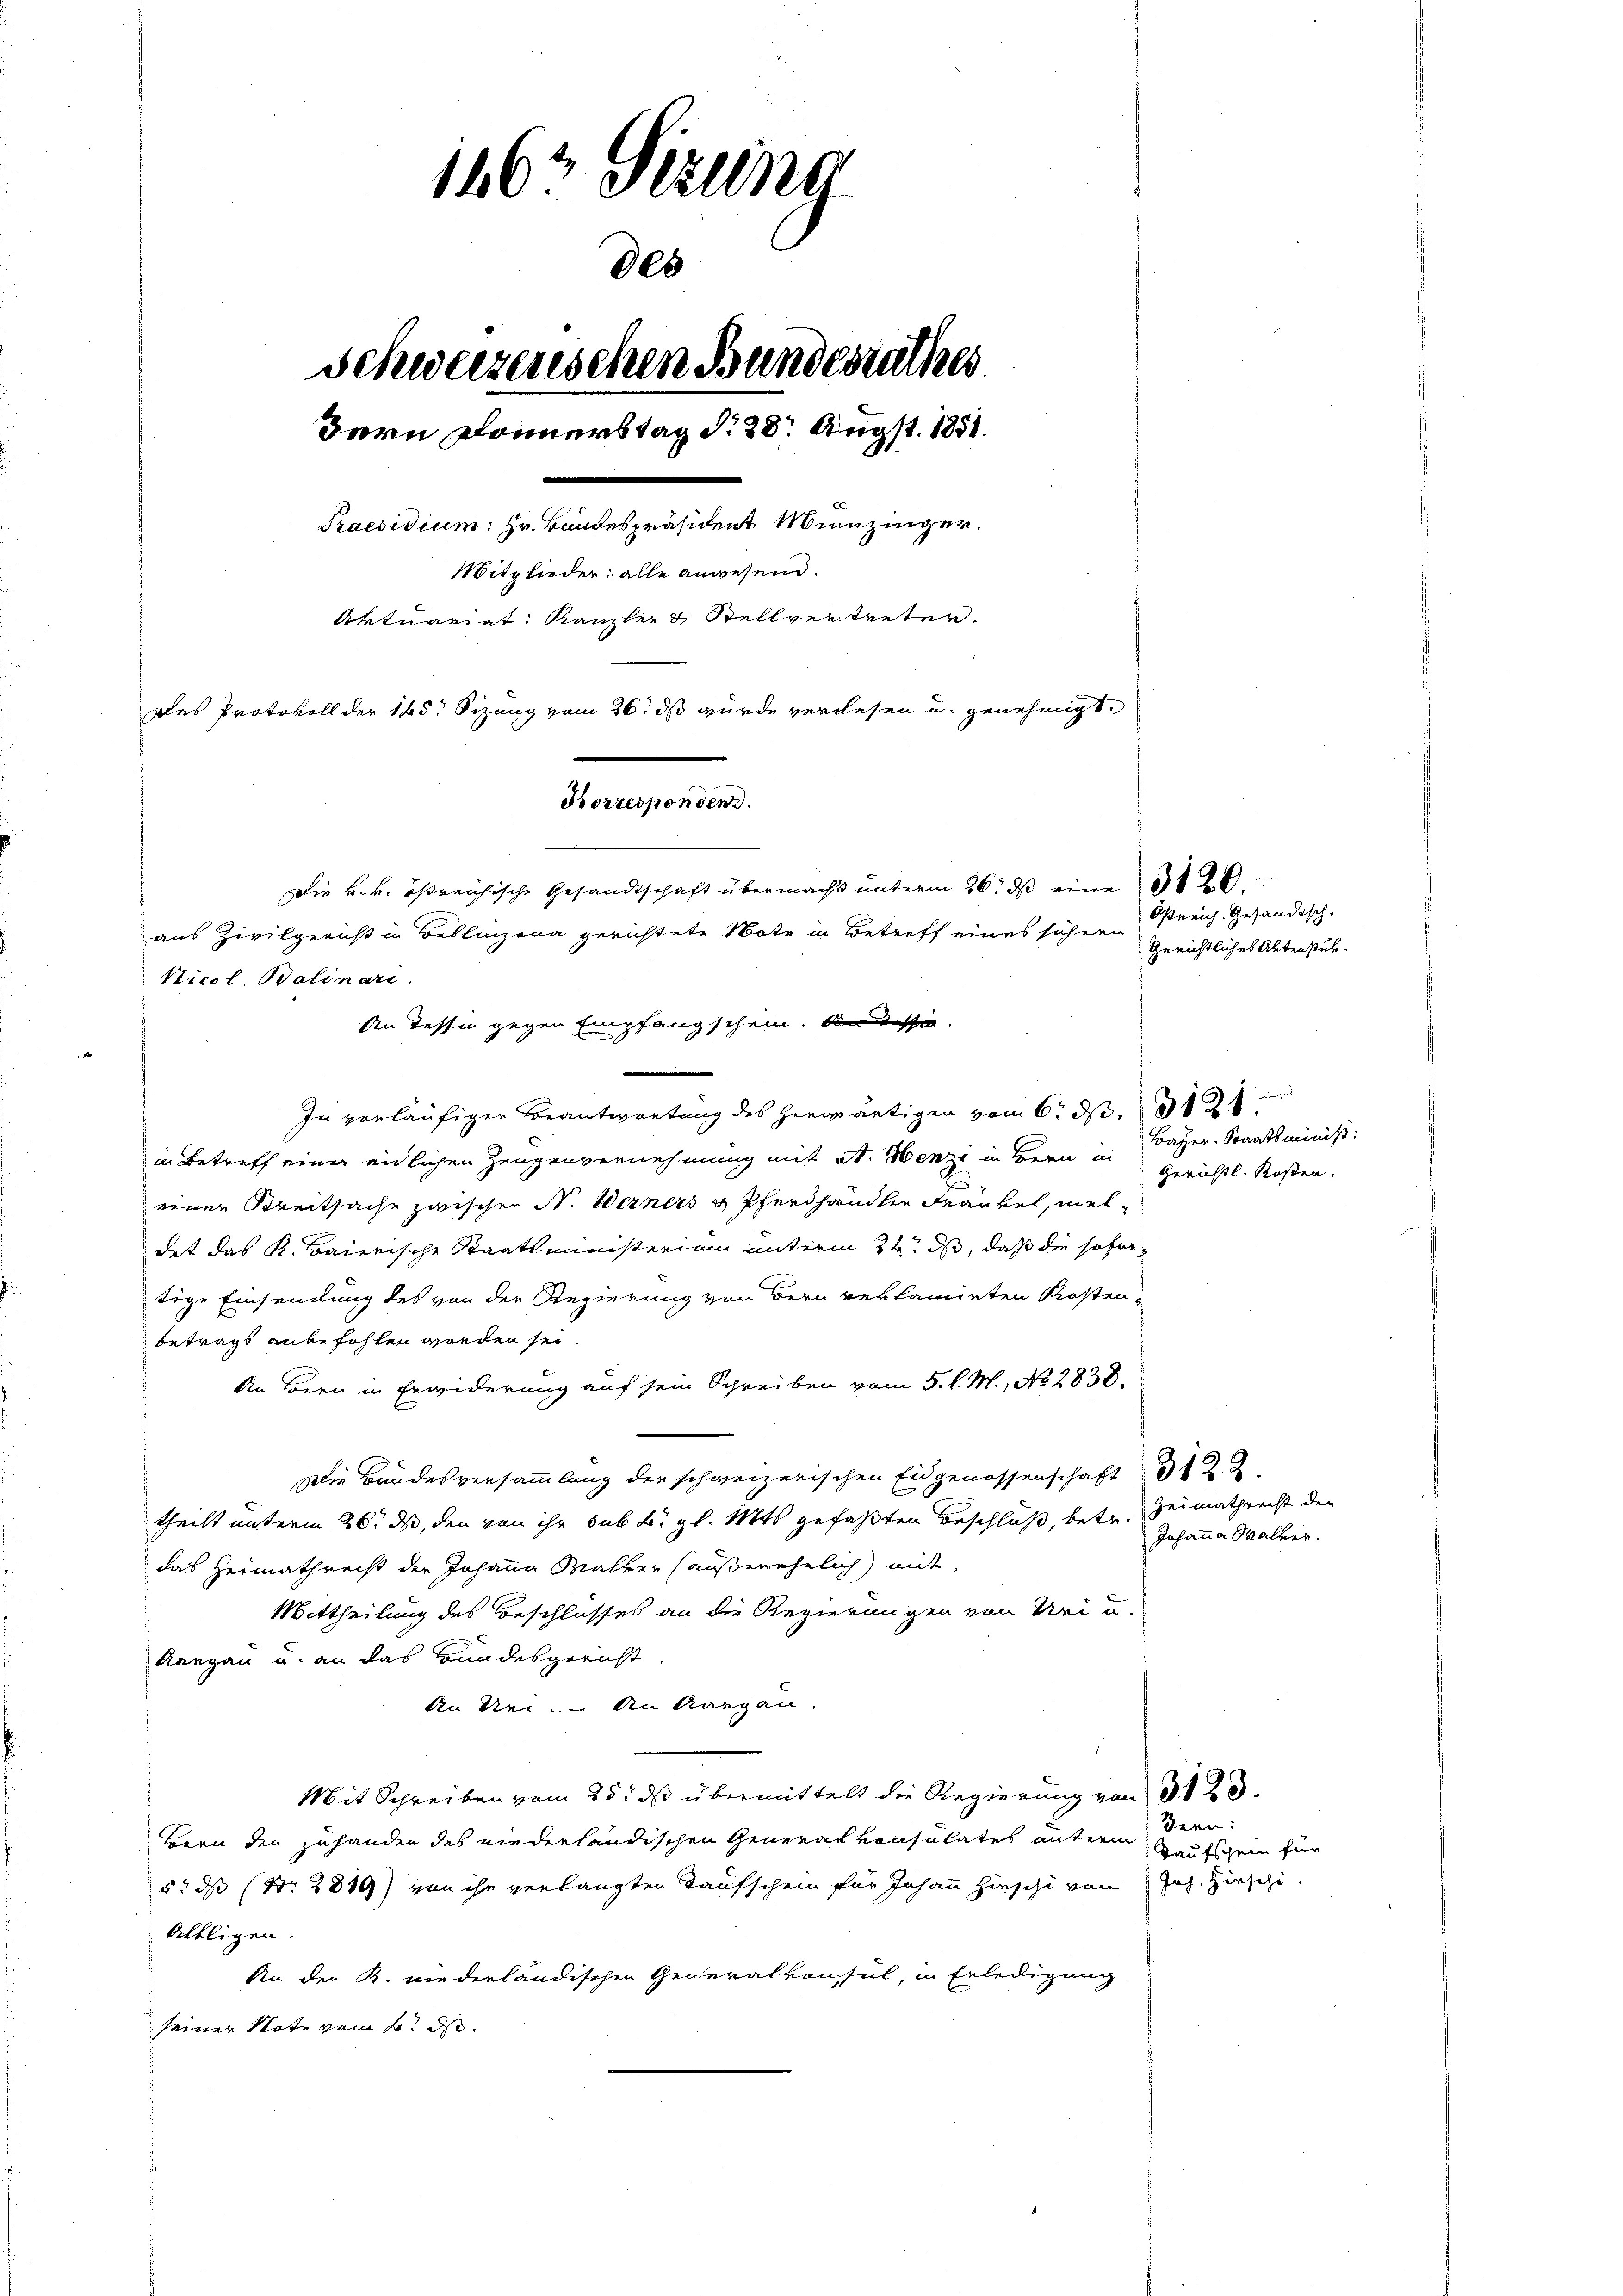
1467 stellig
000
Schweizerischen Bundesrathes
Bern Donnerstag d. 28. Augst. 1851.
Praesidium: Hr. Bundespräsident Munzinger.
Mitglieder: alle anwesend.
Aktuariat Kanzler & Stellvertreter.
Das Protokoll der 185. Sizung vom 26. ds wurde verlesen u. genehmigt.
Korresponden.
Die k. k. ößreichische Gesandtschaft übermacht unterm 26. ds eine 126.
aus Zivilgericht in Bellinzona gerichtete Note in Betreff eines sichern
Nicol. Balinari.

In vorläufiger Beantwortung des herwärtigen vom 6. d. 1
in Betreff einer eidlichen Zeugenvernehmung mit St. Henzi in Bern in Gerichtl. Kosten.
einer Kreitsache zwischen N. Werners & Pferdhandler Frankel, meldet das K. Baierische Staatsministerium unterm 22. ds, daß die sofor
tige Einsendung des von der Regierung von Bern reklamirten Kostenbetrags anbefohlen worden sei
An Bern in Erwiderung auf sein Schreiben vom 5. l. M., No 2838.
Die Bundesversammlung der schweizerischen Eidgenossenschaft 322
theilt unterm 26. ds, den von ihr sub A. gl. Mts. gefaßten Beschluß, betr. Heimathrecht der
das Heimathrecht der Johanna Walter außerehelich) mit
Mittheilung des Beschlusses an die Regierungen von Uri u.
Aargau u. an das Bundesgericht.
An Nei. – An Aargau.
Mit Schreiben vom 25. ds übermittelt die Regierung von 323.
Bern den zuhanden des niederländischen Generalkonsulates unterm Bern
5: dß (Nr. 2819) von ihr verlangten Kaufschein für Johann hinschi von Joh. Hinschi
Allligen.
An den K. niederländischen Generalkonsul, in Erledigung
seiner Note vom 2. d.

An Tessin gegen Empfangschein. Da desse

Osreich. Gesandtsch.
Gerichtliches Aktenstuh

e
Bayer. Staatsminist:

Johanna Walker.

Kaufschein für